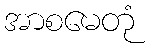
အာစမေတုံ